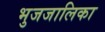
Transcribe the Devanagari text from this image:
भुजजालिका